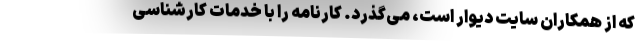
که از همکاران سایت دیوار است، می‌گذرد. کارنامه را با خدمات کارشناسی